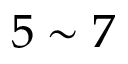
5 \sim 7